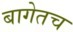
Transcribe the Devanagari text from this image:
बागेतच